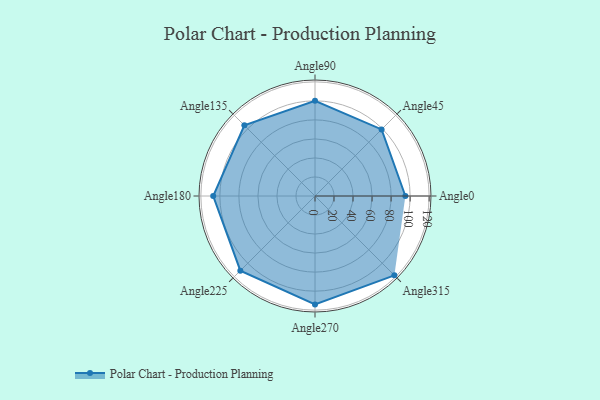
{"axis": {"x": "Angle", "y": "Radius"}, "legend": [""], "data": [{"x": "Angle0", "y": 95.0, "type": ""}, {"x": "Angle45", "y": 99.0, "type": ""}, {"x": "Angle90", "y": 100.0, "type": ""}, {"x": "Angle135", "y": 105.0, "type": ""}, {"x": "Angle180", "y": 107.0, "type": ""}, {"x": "Angle225", "y": 111.0, "type": ""}, {"x": "Angle270", "y": 114.0, "type": ""}, {"x": "Angle315", "y": 118.0, "type": ""}]}